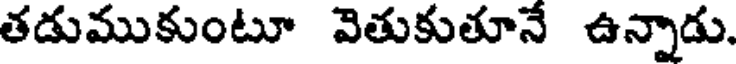
తడుముకుంటూ వెతుకుతూనే ఉన్నాడు.